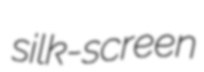
silk-screen